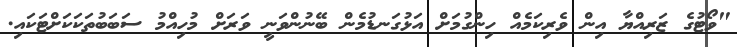
"ވޯޓުގެ ޒަރިއްޔާ އިން ވެރިކަމެއް ހިންގުމަށް އަޅުގަނޑުމެން ބޭނުންވަނީ ވަރަށް މުހިއްމު ސަބަބުތަކަކަށްޓަކައި.